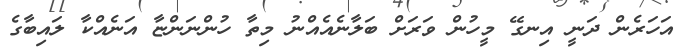
އަހަރެން ދަނީ އިނގޭ މީހުން ވަރަށް ބަލާނެއެއްނު މިތާ ހުންނަންޏާ އަނެއްކާ ލައިބާގެ